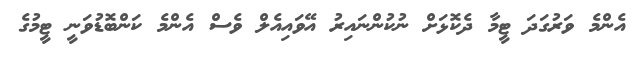
އެންމެ ވަރުގަދަ ޓީމާ ދެކޮޅަށް ނުކުންނައިރު އޭވައިއެލް ވެސް އެންމެ ކަންބޮޑުވަނީ ޓީމުގެ